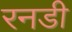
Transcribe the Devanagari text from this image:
रनडी